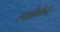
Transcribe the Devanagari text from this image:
स्वामिकेन